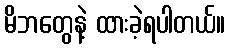
မိဘတွေနဲ့ ထားခဲ့ရပါတယ်။